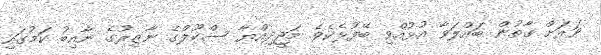
ވަރަށް ގާތުން ބައްލަވާ އުޅުއްވި ބޭފުޅެކެވެ. މަޖީދިއްޔާ ސްކޫލްގެ ނާޒިރުގެ ނާއިބު ކަމުގައި